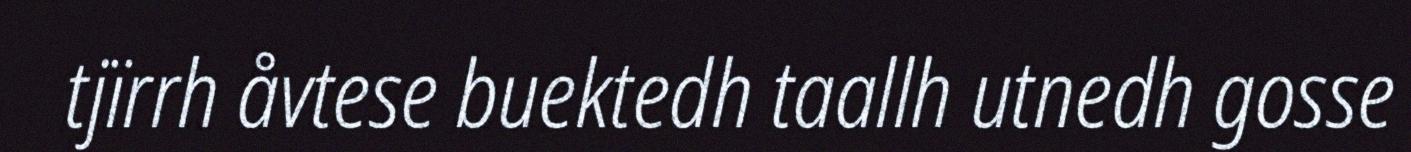
tjïrrh åvtese buektedh taallh utnedh gosse